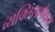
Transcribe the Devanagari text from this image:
व्यक्तिसापेक्षता